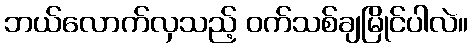
ဘယ်လောက်လှသည့် ဝက်သစ်ချမြိုင်ပါလဲ။